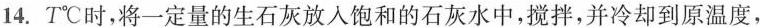
14.T^{\circ}C时，将一定量的生石灰放入饱和的石灰水中，搅拌，并冷却到原温度，